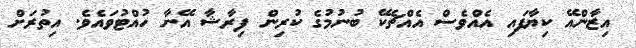
އިޒާންއޭ ކިޔާފައި އެއްވެސް އެއްޗެކޭ ބުނުމުގެ ކުރިން ފިރާޝާ އޭނާ ހުއްޓުވައެވެ. އިތުރަށް